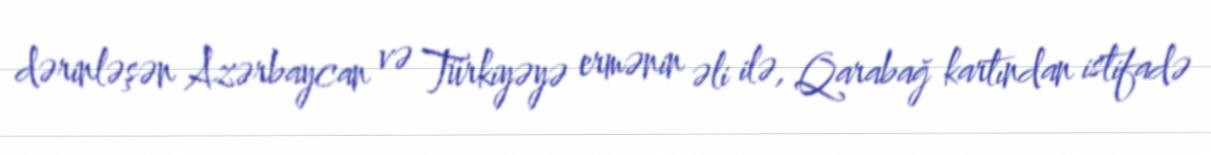
dərinləşən Azərbaycan və Türkiyəyə ermənin əli ilə, Qarabağ kartından istifadə